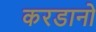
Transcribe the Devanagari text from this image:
करडानो